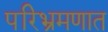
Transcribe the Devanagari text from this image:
परिभ्रमणात